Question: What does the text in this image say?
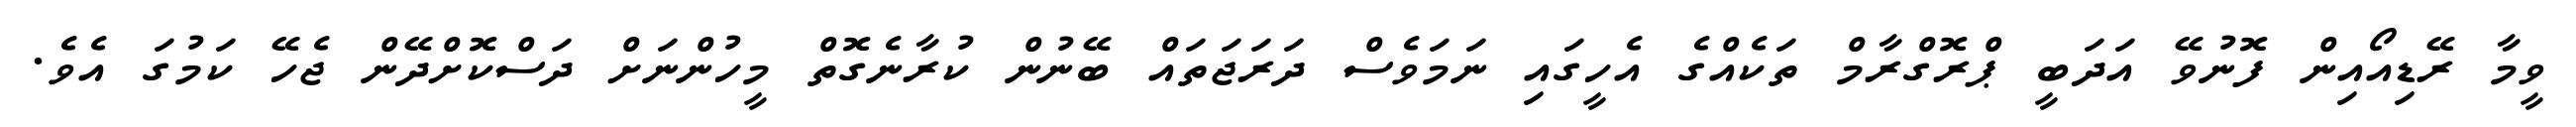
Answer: ވީމާ ރޭޑިއޯއިން ފޮނުވޭ އަދަބީ ޕްރޮގްރާމް ތަކެއްގެ އެހީގައި ނަމަވެސް ދަރަޖަތައް ބޭނުން ކުރާނެގޮތް މީހުންނަށް ދަސްކޮށްދޭން ޖެހޭ ކަމުގަ އެވެ.